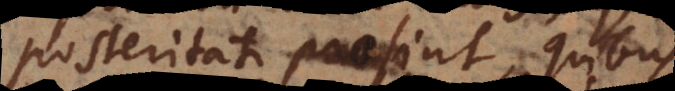
posteritati prosint, quibus